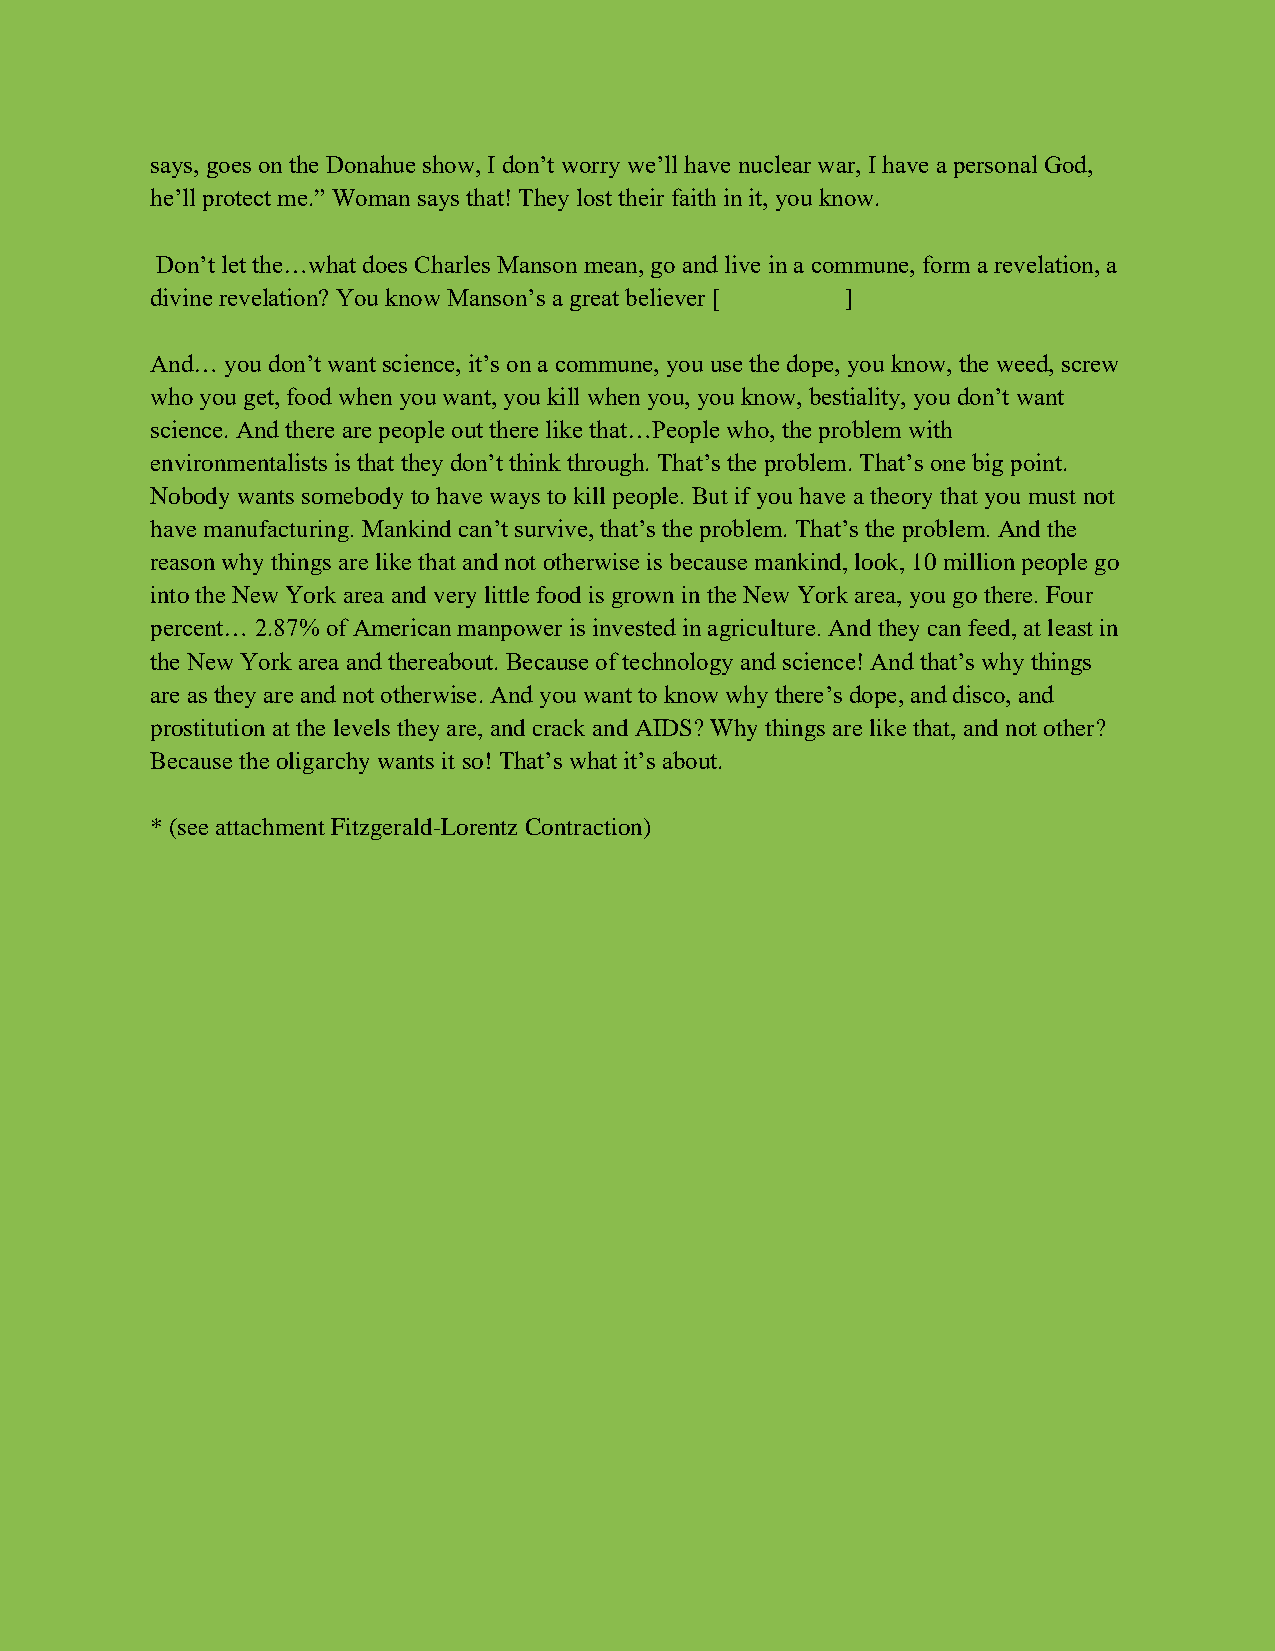
says, goes on the Donahue show, I don’t worry we’ll have nuclear war, I have a personal God,
 he’ll protect me.” Woman says that! They lost their faith in it, you know.
 Don’t let the…what does Charles Manson mean, go and live in a commune, form a revelation, a
 divine revelation? You know Manson’s a great believer [ ]
 And… you don’t want science, it’s on a commune, you use the dope, you know, the weed, screw
 who you get, food when you want, you kill when you, you know, bestiality, you don’t want
 science. And there are people out there like that…People who, the problem with
 environmentalists is that they don’t think through. That’s the problem. That’s one big point.
 Nobody wants somebody to have ways to kill people. But if you have a theory that you must not
 have manufacturing. Mankind can’t survive, that’s the problem. That’s the problem. And the
 reason why things are like that and not otherwise is because mankind, look, 10 million people go
 into the New York area and very little food is grown in the New York area, you go there. Four
 percent… 2.87% of American manpower is invested in agriculture. And they can feed, at least in
 the New York area and thereabout. Because of technology and science! And that’s why things
 are as they are and not otherwise. And you want to know why there’s dope, and disco, and
 prostitution at the levels they are, and crack and AIDS? Why things are like that, and not other?
 Because the oligarchy wants it so! That’s what it’s about.
 * (see attachment Fitzgerald-Lorentz Contraction)